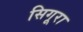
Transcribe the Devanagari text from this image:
सिगूरा